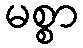
မစ္စာ